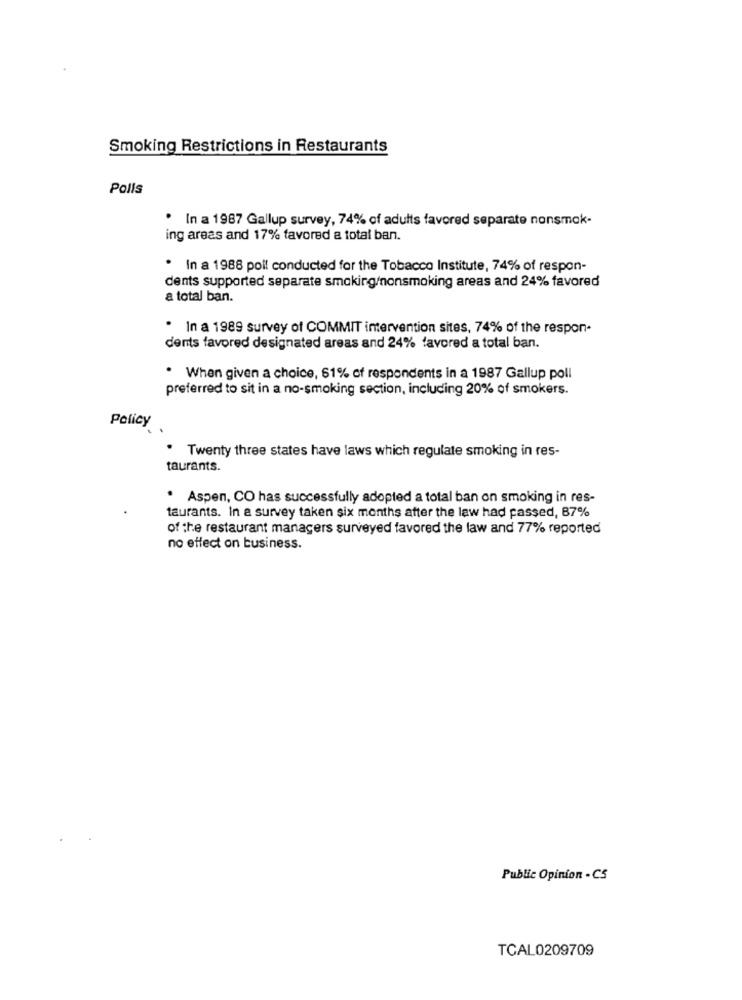
Smoking Restrictions in Restaurants
Polls
· In a 1987 Gallup survey, 74% of adults favored separate nonsmok-
ing areas and 17% favored a total ban.
In a 1988 poil conducted for the Tobacco Institute, 74% of respon-
dents supported separate smoking/nonsmoking areas and 24% favored
a total ban.
. In a 1989 survey of COMMIT intervention sites, 74% of the respon-
dents favored designated areas and 24% favored a total ban.
* When given a choice, 61% of respondents in a 1987 Gallup poll
preferred to sit in a no-smoking section, including 20% of smokers.
Policy
. Twenty three states have laws which regulate smoking in res-
taurants.
. Aspen, CO has successfully adopted a total ban on smoking in res-
taurants. In a survey taken six months after the law had passed, 87%
of the restaurant managers surveyed favored the law and 77% reported
no effect on business.
Public Opinion - CS
TCAL0209709